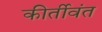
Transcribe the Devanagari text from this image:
कीर्तीवंत